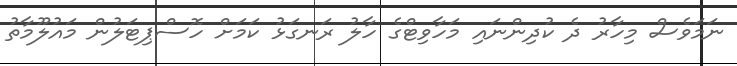
ނަމަވެސް މިހާރު ދެ ކުދިންނައި މަހާވިޓްގެ ހާލު ރަނގަޅު ކަމަށް ހޮސްޕިޓަލުން މައުލޫމާތު